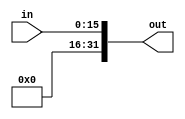
module SIG16_32(in,out);
	input[16-1:0] in;
	output[32-1:0] out;
	assign out={16'b0,in};
endmodule